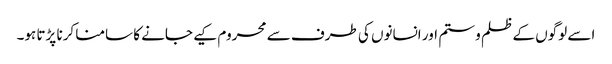
اسے لوگوں کے ظلم و ستم اور انسانوں کی طرف سے محروم کیے جانے کا سامنا کرنا پڑتا ہو۔